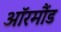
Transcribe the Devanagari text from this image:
ऑरमौंड